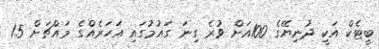
ބީޓެކް އަކީ ދުނިޔޭގެ 100އަށް ވުރެ ގިނަ ގައުމުގައި އަހަރެއްގެ މައްޗަށް 1.5